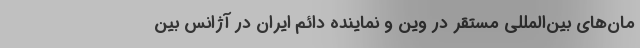
مان‌های بین‌المللی مستقر در وین و نماینده دائم ایران در آژانس بین